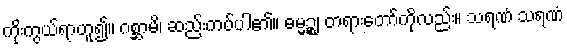
ကိုးကွယ်ရာဟူ၍။ ဂစ္ဆာမိ၊ ဆည်းကပ်ပါ၏။ ဓမ္မဉ္စ၊ တရားတော်ကိုလည်း။ သရဏံ သရဏံ